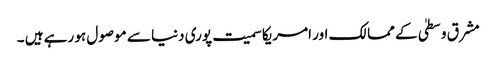
مشرق وسطیٰ کے ممالک اور امریکا سمیت پوری دنیا سے موصول ہو رہے ہیں ۔